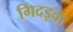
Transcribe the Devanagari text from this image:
गिदड़वा